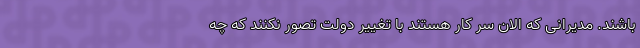
باشند. مدیرانی که الان سر کار هستند با تغییر دولت تصور نکنند که چه